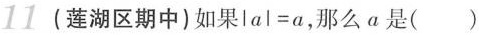
11(莲湖区期中)如果lal=a，那么α是()